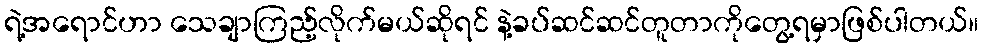
ရဲ့အရောင်ဟာ သေချာကြည့်လိုက်မယ်ဆိုရင် နဲ့ခပ်ဆင်ဆင်တူတာကိုတွေ့ရမှာဖြစ်ပါတယ်။